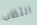
الثقاب